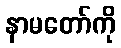
နာမတော်ကို